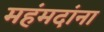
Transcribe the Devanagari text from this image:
महंमदांना